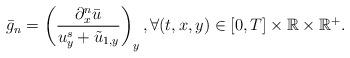
LaTeX: \begin{align*}\bar g_n& = \left( \frac{\partial_x^n \bar{u}}{u^s_y + \tilde u_{1,y}} \right)_y, \forall (t, x, y)\in [0, T]\times \mathbb{R} \times \mathbb{R}^+.\end{align*}